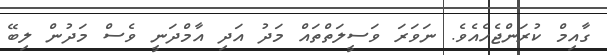
ގާއިމް ކުރަންޖެހެއެވެ. ނަވަރަ ވަސީލަތްތައް މަދު އަދި އާމްދަނީ ވެސް މަދުން ލިބޭ